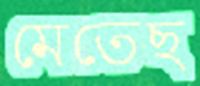
মেতেছ